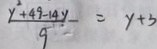
\frac { y ^ { 2 } + 4 9 - 1 4 y } { 9 } - = y + 3